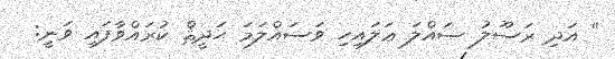
'' އަދި ރަސޫލު ޞައްލަ ޢަލައިހި ވަސައްލަމަ ޙަދީޘް ކުރައްވާފައި ވަނީ: